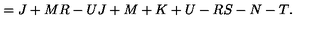
= { \binom { J + M } { R - U } } { \binom { J + M + K + U - R } { S - N - T } } .